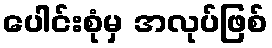
ပေါင်းစုံမှ အလုပ်ဖြစ်